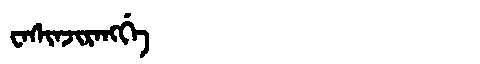
Manchu: ᠸᠠᠰᡳᠨᠵᡳᡵᠠᠩᡤᡝ
Romanization: WASINJIRANGGE